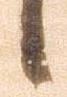
候